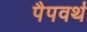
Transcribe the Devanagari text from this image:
पैपवर्थ